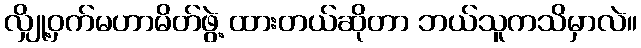
လျှို့ဝှက်မဟာမိတ်ဖွဲ့ ထားတယ်ဆိုတာ ဘယ်သူကသိမှာလဲ။